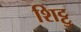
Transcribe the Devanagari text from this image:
शिट्टु